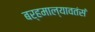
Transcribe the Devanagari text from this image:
बर्हमाल्यावतंसं